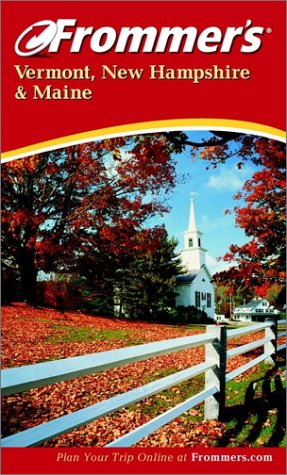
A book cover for Frommer's Vermont, New Hampshire & Maine (Frommer's Complete Guides); Wayne Curtis; Travel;